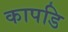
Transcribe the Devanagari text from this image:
कापडि